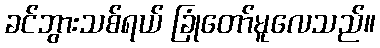
ခင်ဘွားသစ်ရယ် ခြုံတော်မူလေသည်။